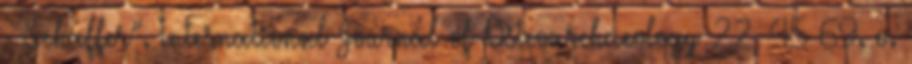
- Schaffer”. International Journal of Osteoarchaeology 22, 45–69. o.